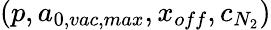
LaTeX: (p,a_{0,vac,max},x_{off},c_{N_{2}})